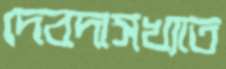
দেবদাসখ্যাত